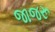
જાજરૂ